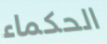
الحكماء